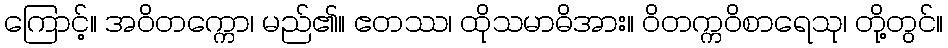
ကြောင့်။ အဝိတက္ကော၊ မည်၏။ ဧတဿ၊ ထိုသမာဓိအား။ ဝိတက္ကဝိစာရေသု၊ တို့တွင်။